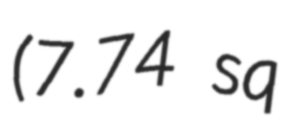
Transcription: (7.74 sq